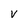
Character: v